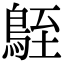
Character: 𪀒